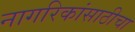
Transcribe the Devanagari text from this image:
नागरिकांसाठीचा